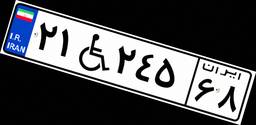
۵۷W۲۶۹۸۷